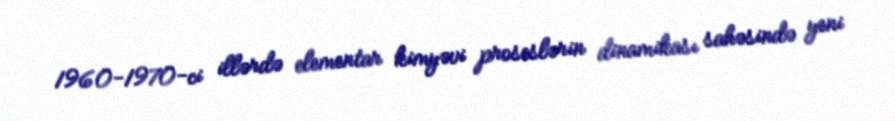
1960-1970-ci illərdə elementar kimyəvi proseslərin dinamikası sahəsində yeni